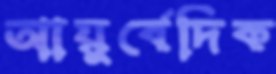
আয়ুর্বেদিক